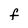
Character: F